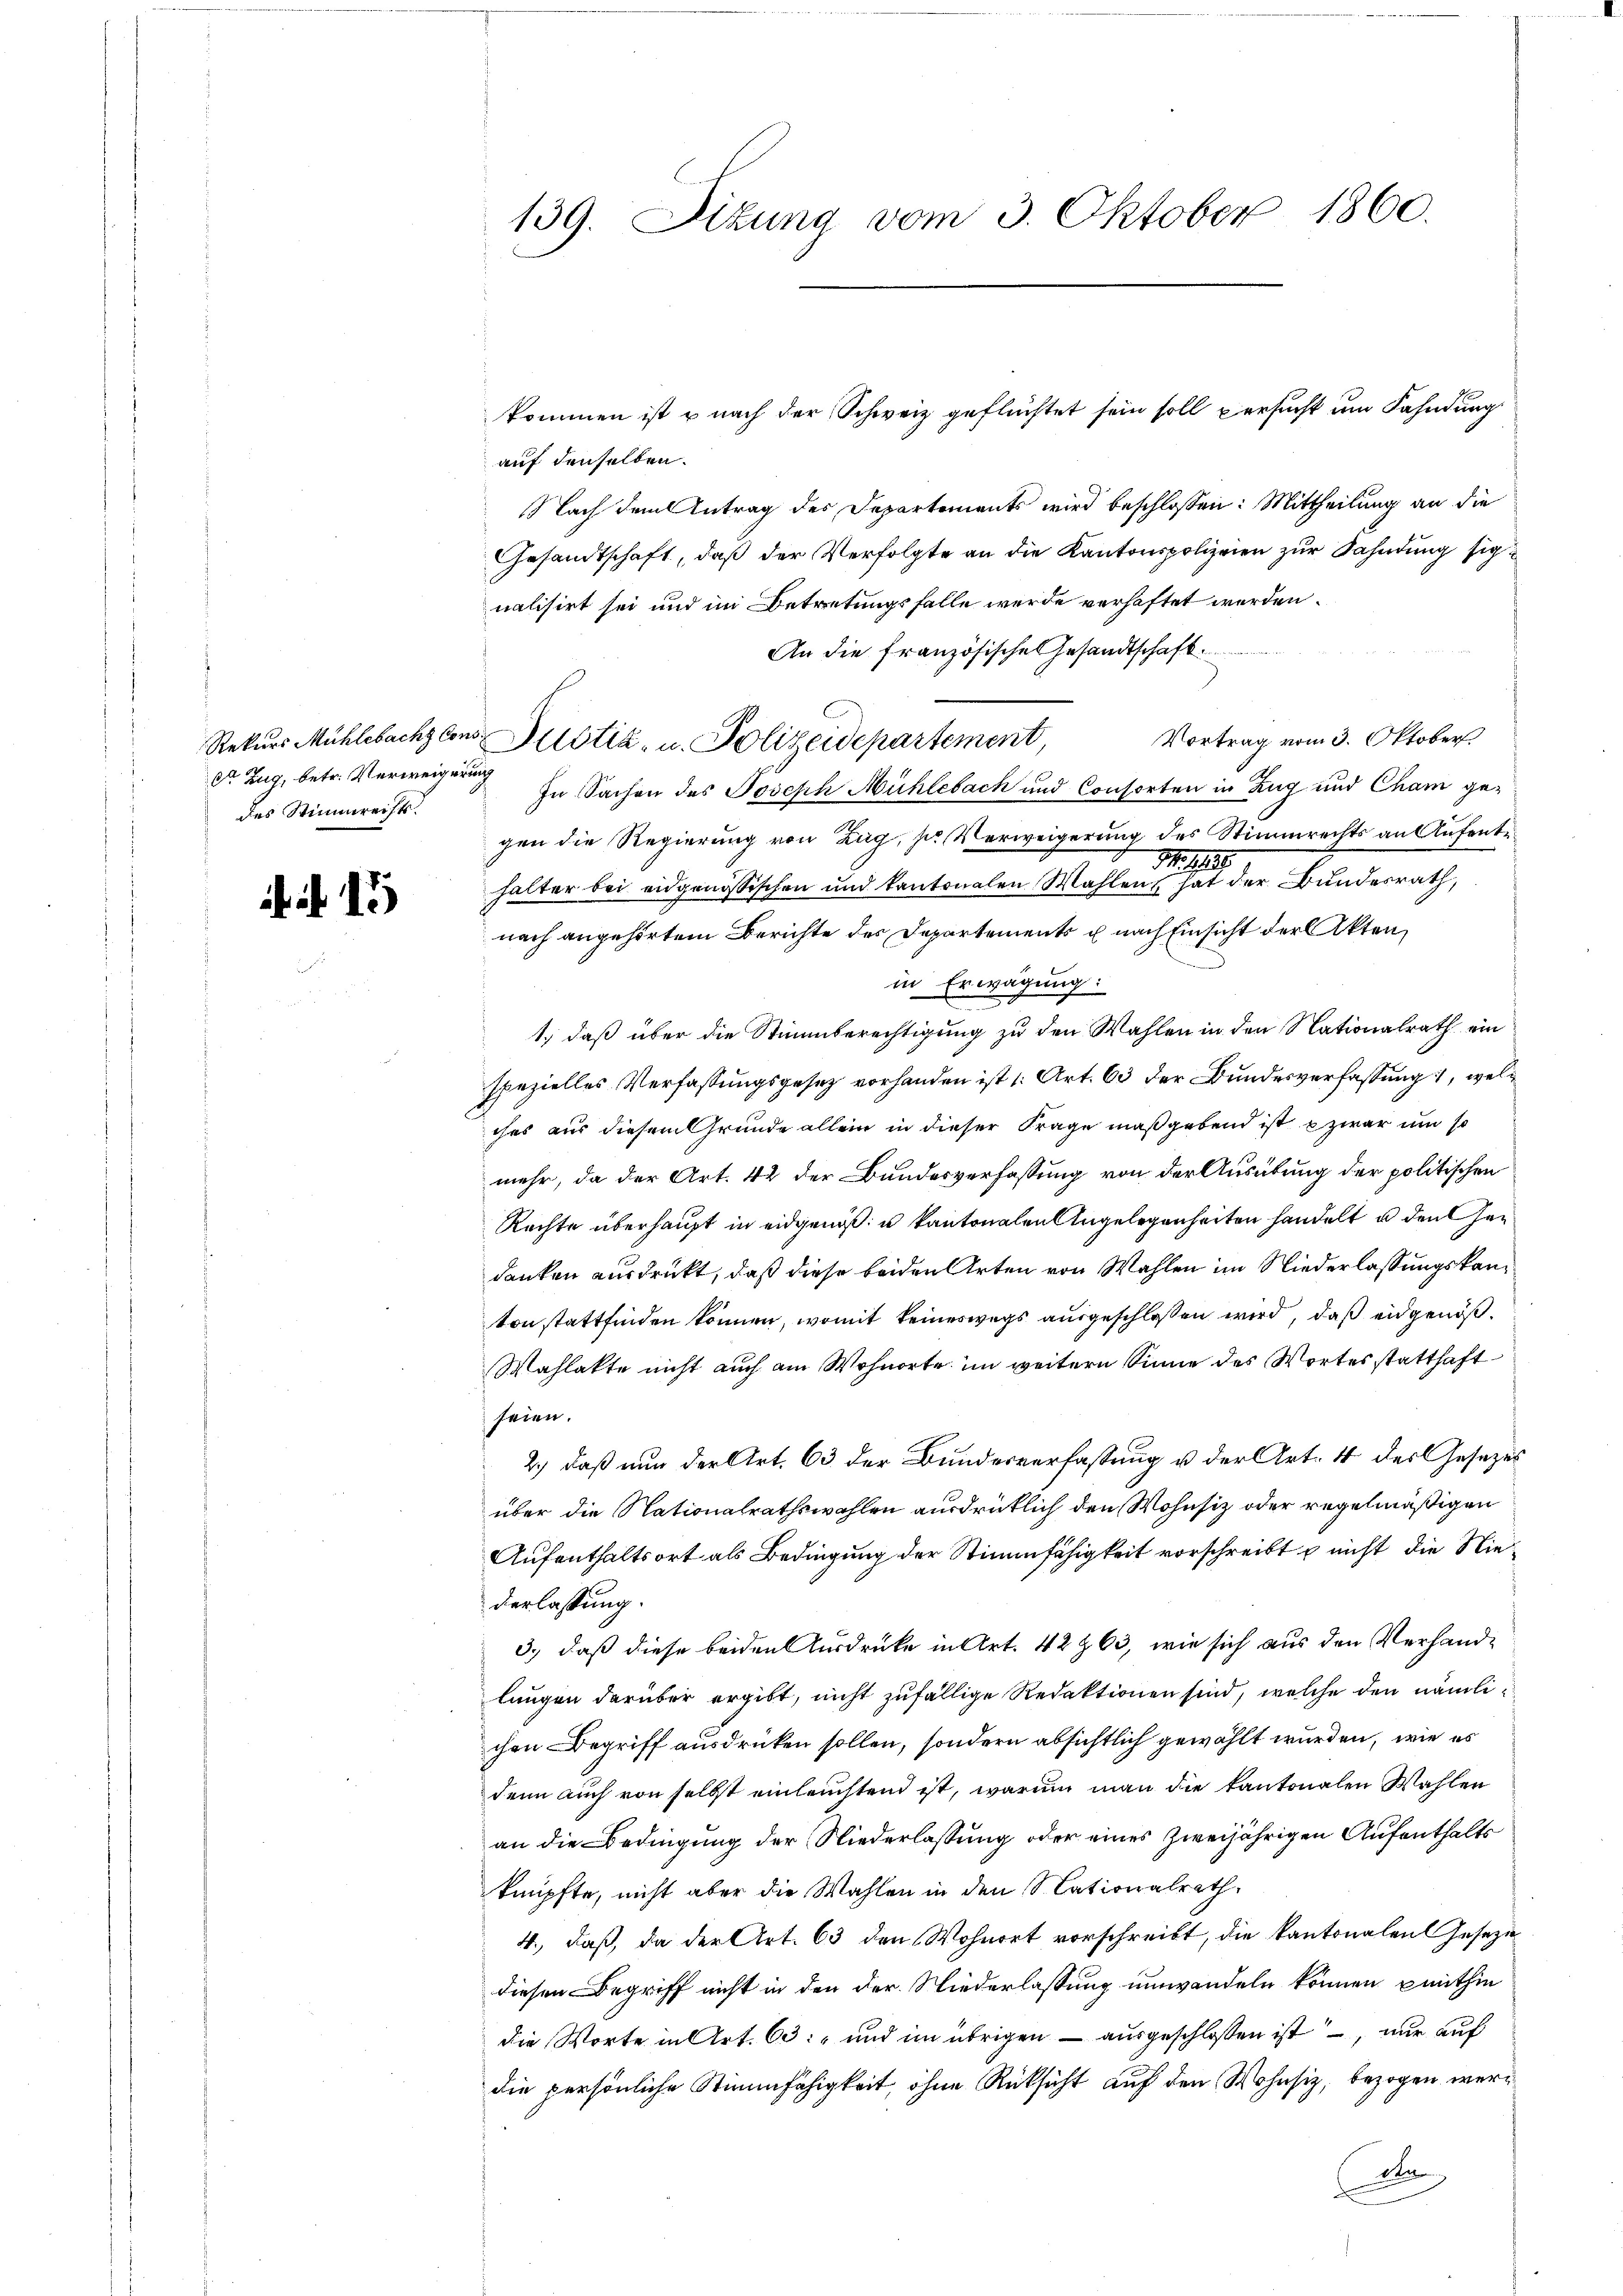
Rekurs Mühlebach Cor
Dr Zug, betr. Verweigerun
des Stimmreist.

15

auf denselben.
Nach dem Antrag des Departements wird beschlossen: Mittheilung an die
Gesandtschaft, daß der Verfolgte an die Kantonspolizeien zur Sahndung sich
nalisirt sei und im Betretungsfalle wurde verhaftet werden.
An die französisches Gesandtschaft
v. Plötiz- u. Polizeidepartement Vortrag vom 3. Oktober
 In Sachen des Joseph Mühlebach und Consorten in Zug und Cham ge-
gen die Regierung von Zug, zur Verweigerung des Stimmrechts an Aufent¬
M 189
halter bei eidgenössischen und kantonalen Wahlen hat der Bundesrath,
nach angehörtem Berichte der Departements u nach Einsicht der Akten,
in Erwägung:
|
1., daß über die Stimmberechtigung zu den Wahlen in den Nationalrath ein
spezielles Verfassungsgesetz vorhanden ist u. Art. 63 der Bundesverfassung, welches aus diesem Grunde allein in dieser Frage maßgebend ist zwar um so
mehr, da der Art. 42 der Bundesverfassung von der Ausübung der politischen
Rechte überhaupt in eidgenoß u kantonalen Angelegenheiten handelt u den Her
danken ausdruckt, daß diese beiden Arten von Wahlen im Niederlassungskanton stattfinden können, womit keineswegs ausgeschlossen wird, daß eidgenöß¬
Wahlakte nicht auch am Wohnorte im weiteren Sinne des Wortes statthaft
seien.
2.) daß nun der Art. 63 der Bundesverfassung u der Art. 4 des Gesezes
über die Nationalrathswahlen ausdrücklich den Wohnsiz oder regelmäßigen
Aufenthaltsort als Bedingung der Stimmfähigkeit vorschreibt nicht die Niederlassung.
3., daß diese beiden Ausdrücke in Art. 42 § 63, wie sich aus den Verhandlangen darüber ergibt, nicht zufällige Redaktionen sind, welche den nämlichen Begriff ausdrücken sollen, sondern absichtlich gewählt wurden, wie es
denn auch von selbst einleuchtend ist, warum man die kantonalen Wahlen
an die Bedingung der Niederlassung oder eines zweijährigen Aufenthalts
knüpfte, nicht aber die Wahlen in den Nationalrath
4., daß, da der Art. 63 den Wohnort vorschreibt, die kantonalen Geseze
diesen Begriff nicht in den der Niederlassung umwandeln können mithin
die Worte in Art. 63 und im übrigen — ausgeschloßen ist, nur auf
die persönliche Stimmfähigkeit, ohne Rücksicht auf den Wohnsiz, bezogen werda

139. Situng vom 3. Oktober 1860.

kommen ist u nach der Schweiz geflüchtet sein soll versucht um Fahndung